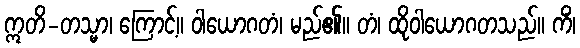
ဣတိ-တသ္မာ၊ ကြောင့်။ ဝါယောဂတံ၊ မည်၏။ တံ၊ ထိုဝါယောဂတသည်။ ကိံ၊